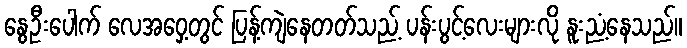
နွေဦးပေါက် လေအဝှေ့တွင် ပြန့်ကျဲနေတတ်သည့် ပန်းပွင့်လေးများလို နူးညံ့နေသည်။